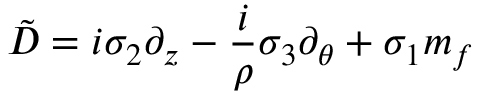
\tilde { D } = i \sigma _ { 2 } \partial _ { z } - \frac { i } { \rho } \sigma _ { 3 } \partial _ { \theta } + \sigma _ { 1 } m _ { f }